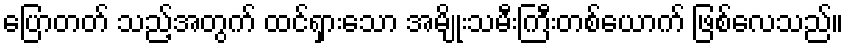
ပြောတတ် သည့်အတွက် ထင်ရှားသော အမျိုးသမီးကြီးတစ်ယောက် ဖြစ်လေသည်။